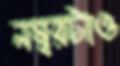
নম্বরটাও